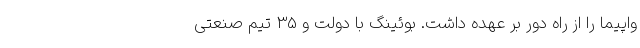
واپیما را از راه دور بر عهده داشت. بوئینگ با دولت و 35 تیم صنعتی